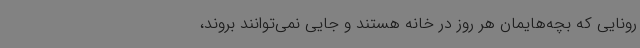
رونایی که بچه‌هایمان هر روز در خانه هستند و جایی نمی‌توانند بروند،